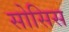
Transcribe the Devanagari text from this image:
सोसिस